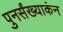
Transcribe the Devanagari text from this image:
पुनर्संख्याकंन